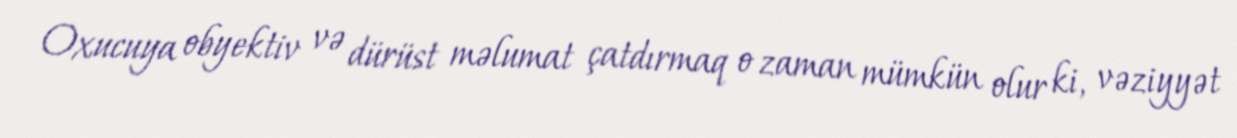
Oxucuya obyektiv və dürüst məlumat çatdırmaq o zaman mümkün olur ki, vəziyyət